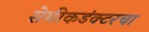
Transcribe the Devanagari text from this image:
सेमीकडंक्टरचा